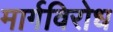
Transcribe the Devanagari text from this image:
मार्गविरोध